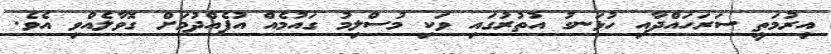
އިރުމަތީ ސަރަހައްދާއި ހުޅަނގު އުތުރުގައި ވަކި މުސްލިމު ގައުމެއް އުފެއްދުމަށް ގޮވާލެއްވި އެވެ.